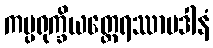
ကပ္ပရုက္ခိယတ္ထေရဿာပဒါနံ